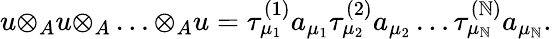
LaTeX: u{\otimes}_{A}u{\otimes}_{A}\ldots{\otimes}_{A}u={\tau}_{{\mu}_{1}}^{(1)}a_{{\mu}_{1}}{\tau}_{{\mu}_{2}}^{(2)}a_{{\mu}_{2}}\ldots{\tau}_{{\mu}_{\mathbb{N}}}^{(\mathbb{N})}a_{{\mu}_{\mathbb{N}}}.